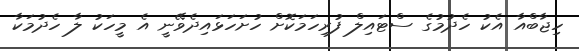
ހިޖާބްއާ އެކު ހެދުމުގެ ސްޓައިލް ފުރިހަމަކޮށް ހުށަހަޅައިދެވޭނީ އެ މީހަކު ލާ ހެދުމަކާ